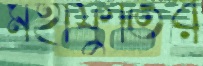
মহাফুর্তির